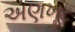
અણખૂટ